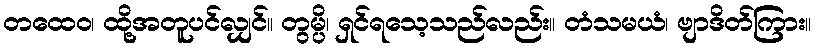
တထေဝ၊ ထို့အတူပင်လျှင်။ တွမ္ပိ၊ ရှင်ရသေ့သည်လည်း။ တံသမယံ၊ ဗျာဒိတ်ကြား။